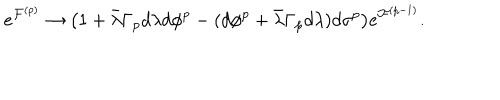
e ^ { { \cal F } ^ { ( p ) } } \rightarrow \big ( 1 + \bar { \lambda } \Gamma _ { p } d \lambda d \phi ^ { p } - ( d \phi ^ { p } + \bar { \lambda } \Gamma _ { p } d \lambda ) d \sigma ^ { p } \big ) e ^ { { \cal F } ^ { ( p - 1 ) } } .